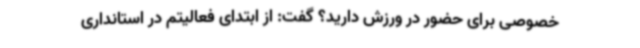
خصوصی برای حضور در ورزش دارید؟ گفت: از ابتدای فعالیتم در استانداری